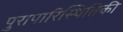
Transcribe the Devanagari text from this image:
पुरापारिस्थितिकी